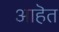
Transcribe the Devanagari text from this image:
आहॆत